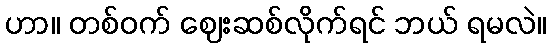
ဟာ။ တစ်ဝက် ဈေးဆစ်လိုက်ရင် ဘယ် ရမလဲ။